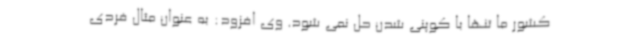
کشور ما تنها با کوپنی شدن حل نمی شود. وی افزود: به عنوان مثال فردی